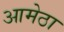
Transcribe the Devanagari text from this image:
आमेठा